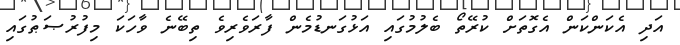
އަދި އެކަންކަން އެގޮތަށް ކުރޭތޯ ބެލުމުގައި އަޅުގަނޑުމެން ފާރަވެރިވެ ތިބޭނެ ވާހަކަ މިފުރުޞަޠުގައި